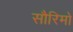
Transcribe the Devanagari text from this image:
सौरिमो